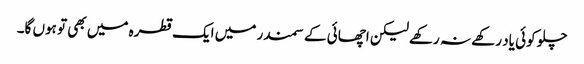
چلو کوئی یاد رکھے نہ رکھے لیکن اچھائی کے سمندر میں ایک قطرہ میں بھی تو ہوں گا۔